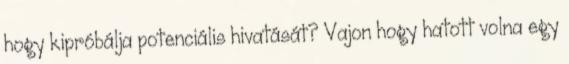
hogy kipróbálja potenciális hivatását? Vajon hogy hatott volna egy